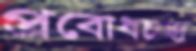
প্রবোধচন্দ্র